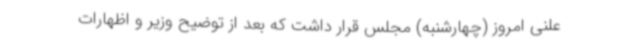
علنی امروز (چهارشنبه) مجلس قرار داشت که بعد از توضیح وزیر و اظهارات